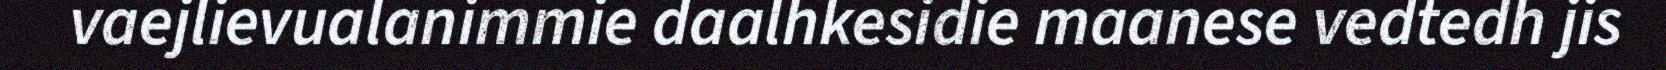
vaejlievualanimmie daalhkesidie maanese vedtedh jis